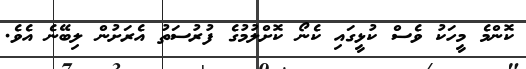
ކޮންމެ މީހަކު ވެސް ކުޅީގައި ކެނޯ ކޮށްލުމުގެ ފުރުސަތު އެރަށުން ލިބޭނެ އެވެ.